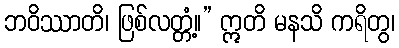
ဘဝိဿာတိ၊ ဖြစ်လတ္တံ့။” ဣတိ မနသိ ကရိတွ၊